Vaccination in Bombay 1902-1912 - 1902-1912
Year: 1902
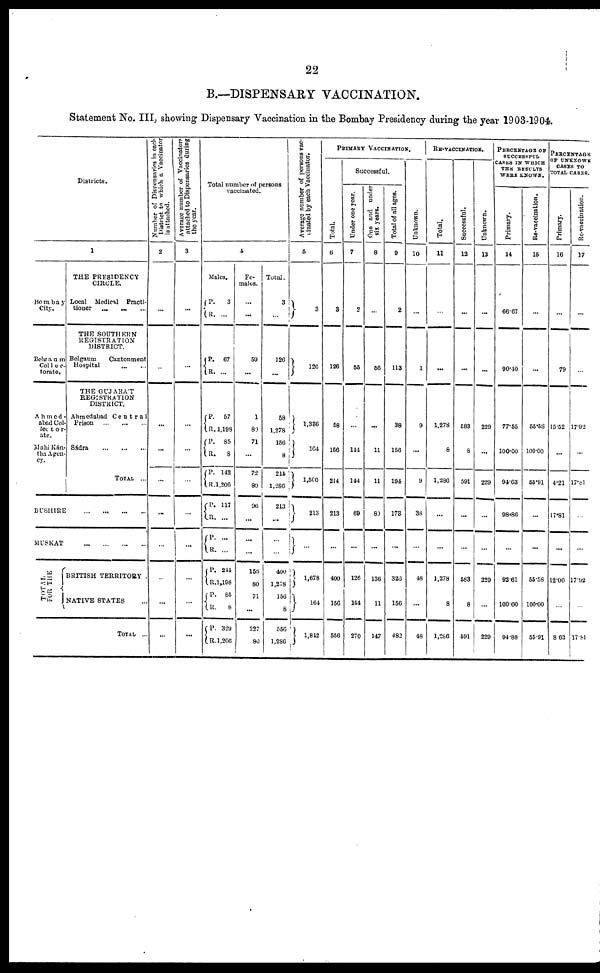
22
B.—DISPENSARY VACCINATION.
Statement No. III, showing Dispensary Vaccination in the Bombay Presidency during the year 1903-1904.
Districts.
1
Bombay
City.
Belgaum
Col1ec-
torate.
Ahmed¬
abad Col-
lector¬
ate.
Mahi Kán¬
tha Agen¬
cy.
THE PRESIDENCY
CIRCLE.
Local Medical Practi-
tioner
...
... ...
THE SOUTHERN
REGISTRATION
DISTRICT.
Belgaum
Cantonment
Hospital
...
...
THE GUJARAT
REGISTRATION
DISTRICT.
Ahmedabad Central
Prison
...
...
...
Sádra
...
...
...
TOTAL ...
BUSHIRE
...
...
...
...
MUSKAT
...
...
...
...
TOTAL
FOR THE
BRITISH TERRITORY .
NATIVE STATES ...
TOTAL ...
Number of Dispensaries in each
District to which a Vaccinator
is attached.
2
...
...
...
...
...
...
...
...
...
...
Average number of Vaccinators
attached to Dispensaries during
the year.
3
...
...
...
...
...
...
...
...
...
...
Total number of persons
vaccinated.
4
Males.
P.
R.
P.
R.
P.
R.
P.
R.
P.
R.
P.
R.
P.
R.
P.
R.
P.
R.
P.
R.
3
...
67
...
57
1,198
85
8
143
1,206
117
...
...
...
244
1,198
85
6
329
1,206
Fe-
males.
...
...
59
...
1
80
71
...
72
80
96
...
...
...
156
80
71
...
227
80
Total.
3
...
126
...
58
1,278
156
8
214
1,286
213
...
...
...
400
1,278
156
8
556
1,286
Average number of persons vac-
cinated by each Vaccinator.
5
3
126
1,336
164
1,560
213
...
1,678
164
1,842
PRIMARY VACCINATION.
Total.
6
3
126
58
156
214
213
...
400
156
556
Successful.
Under one year.
7
2
55
...
144
144
69
...
126
144
270
One and under
six years.
8
...
56
...
11
11
80
...
136
11
147
Total of all ages.
9
2
113
38
156
194
173
...
326
156
482
Unknown.
10
...
1
9
...
9
38
...
48
...
48
RE-VACCINATION.
Total.
11
...
...
1,278
8
1,286
...
...
1,278
8
1,286
Successful.
12
...
...
583
8
591
...
...
583
8
591
Unknown.
13
...
...
229
...
229
...
...
229
...
229
PERCENTAGE OF
SUCCESSPUL
CASES IN WHICH
THE RESULTS
WERE KNOWN.
Primary.
14
66.67
90.40
77.55
100.00
94.63
98.86
...
92.61
100.00
94.88
Re-vaccination.
15
...
...
55.58
100.00
55.91
...
...
55.58
100.00
55.91
PERCENTAGE
OF UNKNOWN
CASES TO
TOTAL CASES.
Primary.
16
...
79
15.52
...
4.21
17.81
...
12.00
...
8.63
Re-vaccination.
17
...
...
17.92
...
17.81
...
...
17.92
...
17.81